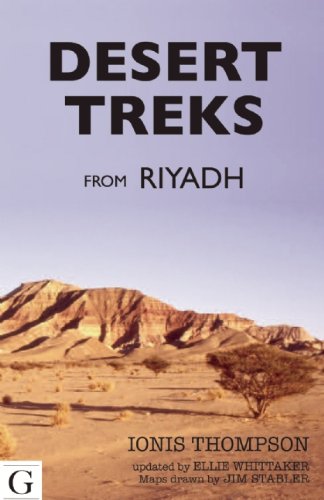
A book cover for Desert Treks from Riyadh; Ionis Thompson; Travel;